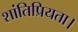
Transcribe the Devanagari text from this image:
शांतिप्रियता।